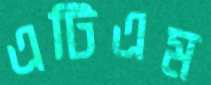
এটিএম